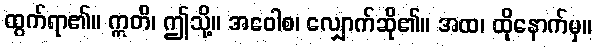
ထွက်ရာ၏။ ဣတိ၊ ဤသို့။ အဝေါစ၊ လျှောက်ဆို၏။ အထ၊ ထိုနောက်မှ။